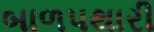
બાળપથારી